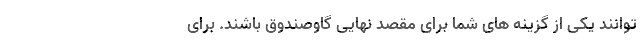
توانند یکی از گزینه­ های شما برای مقصد نهایی گاوصندوق باشند. برای